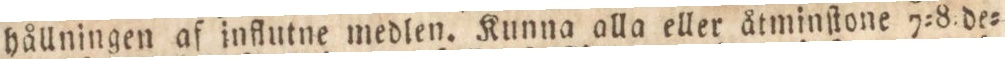
hållningen af influtne medlen. Kunna alla eller åtminſtone 7=8 de=